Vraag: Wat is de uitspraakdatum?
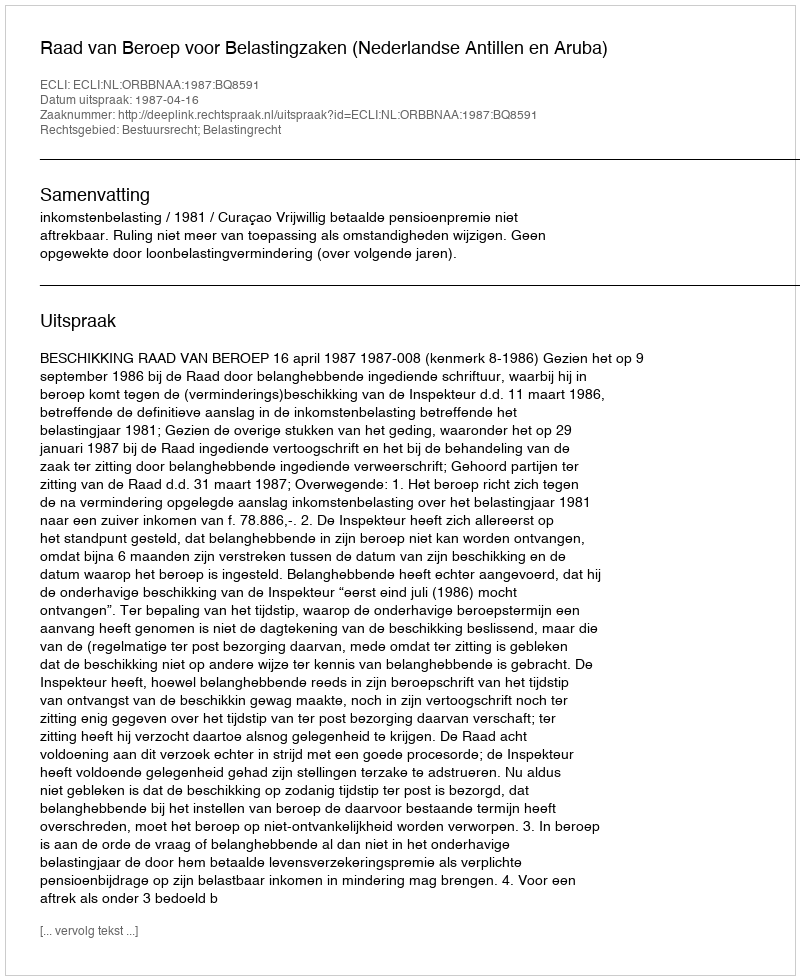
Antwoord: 1987-04-16